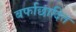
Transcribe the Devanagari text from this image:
बर्फाछादित